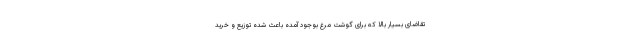
تقاضای بسیار بالا که برای گوشت مرغ بوجود آمده باعث شده توزیع و خرید